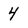
Character: 4